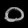
Digit: ၀